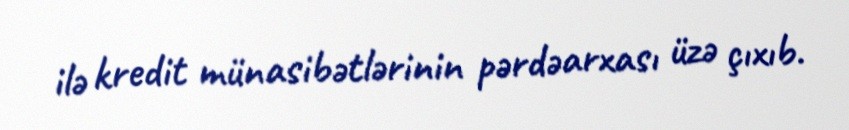
ilə kredit münasibətlərinin pərdəarxası üzə çıxıb.